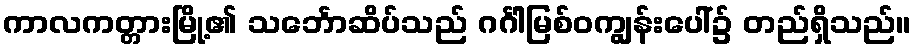
ကာလကတ္တားမြို့၏ သင်္ဘောဆိပ်သည် ဂင်္ဂါမြစ်ဝကျွန်းပေါ်၌ တည်ရှိသည်။